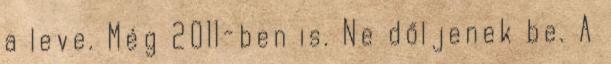
a leve. Még 2011-ben is. Ne dőljenek be. A